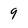
Character: 9